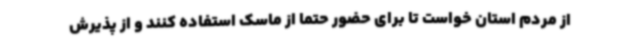
از مردم استان خواست تا برای حضور حتماً از ماسک استفاده کنند و از پذیرش